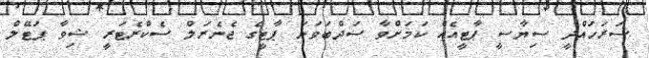
ސަރަހައްދީ ސިޔާސީ ޕާޓީއެއް ކަމަށްވާ ސަދްބަވަނަ ޕާޓީގެ ޖެނެރަލް ސެކްރެޓަރީ ޝިވާ ޕަޓޭލް